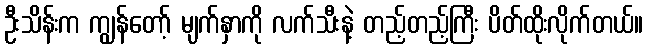
ဦးသိန်းက ကျွန်တော့် မျက်နှာကို လက်သီးနဲ့ တည့်တည့်ကြီး ပိတ်ထိုးလိုက်တယ်။